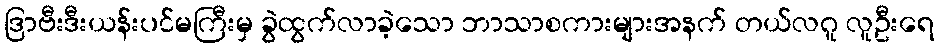
ဒြာဗီးဒီးယန်းပင်မကြီးမှ ခွဲထွက်လာခဲ့သော ဘာသာစကားများအနက် တယ်လဂူ လူဦးရေ